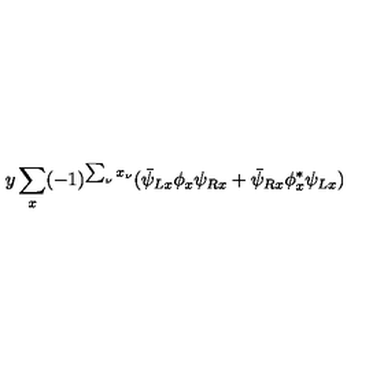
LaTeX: y \sum _ { x } ( - 1 ) ^ { \sum _ { \nu } x _ { \nu } } ( \bar { \psi } _ { L x } \phi _ { x } \psi _ { R x } + \bar { \psi } _ { R x } \phi _ { x } ^ { * } \psi _ { L x } )